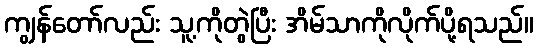
ကျွန်တော်လည်း သူ့ကိုတွဲပြီး အိမ်သာကိုလိုက်ပို့ရသည်။